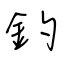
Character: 釣